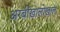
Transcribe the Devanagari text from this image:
अरबीखालोखाल